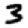
Digit: 3